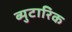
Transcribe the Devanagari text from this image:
ब्युटारिक